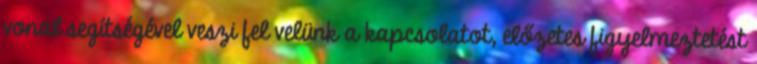
vonal segítségével veszi fel velünk a kapcsolatot, előzetes figyelmeztetést